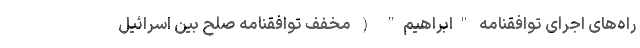
راه‌های اجرای توافقنامه‌ "ابراهیم" ( مخفف توافقنامه صلح بین اسرائیل